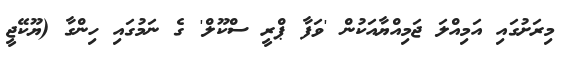
މިރަށުގައި އަމިއްލަ ޖަމިއްޔާއަކުން 'ވަފާ ޕްރީ ސްކޫލް' ގެ ނަމުގައި ހިންގާ (ޔޫކޭޖީ